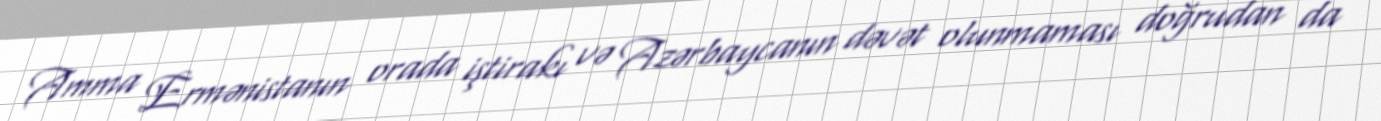
Amma Ermənistanın orada iştirakı və Azərbaycanın dəvət olunmaması doğrudan da